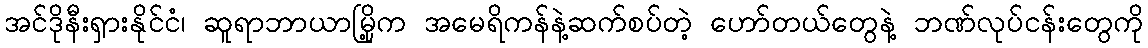
အင်ဒိုနီးရှားနိုင်ငံ၊ ဆူရာဘာယာမြို့က အမေရိကန်နဲ့ဆက်စပ်တဲ့ ဟော်တယ်တွေနဲ့ ဘဏ်လုပ်ငန်းတွေကို